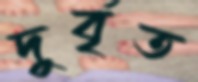
দুর্বৃত